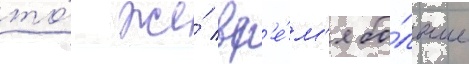
то́ же́ вр'е́м'я бо́льше